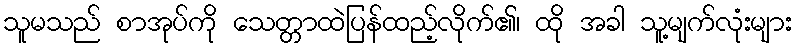
သူမသည် စာအုပ်ကို သေတ္တာထဲပြန်ထည့်လိုက်၏၊ ထို အခါ သူ့မျက်လုံးများ